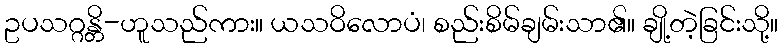
ဥပသဂ္ဂန္တိ-ဟူသည်ကား။ ယသဝိလောပံ၊ စည်းစိမ်ချမ်းသာ၏။ ချို့တဲ့ခြင်းသို့။